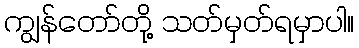
ကျွန်တော်တို့ သတ်မှတ်ရမှာပါ။